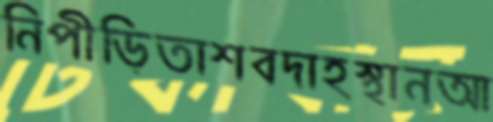
নিপীড়িতাশবদাহস্থানআ